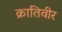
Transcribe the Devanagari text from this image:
क्रातिवीर